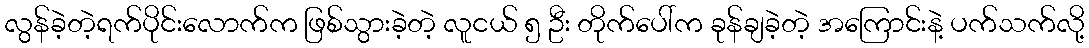
လွန်ခဲ့တဲ့ရက်ပိုင်းလောက်က ဖြစ်သွားခဲ့တဲ့ လူငယ် ၅ ဦး တိုက်ပေါ်က ခုန်ချခဲ့တဲ့ အကြောင်းနဲ့ ပက်သက်လို့